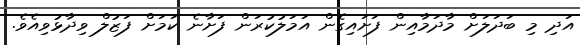
އަދި މި ބަދަލަށް މާދަމާއިން ފަށައިގެން އަމަލުކުރަން ފަށާނެ ކަމަށް ފަޒުލް ވިދާޅުވިއެވެ.